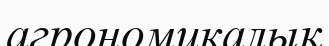
агрономикалық